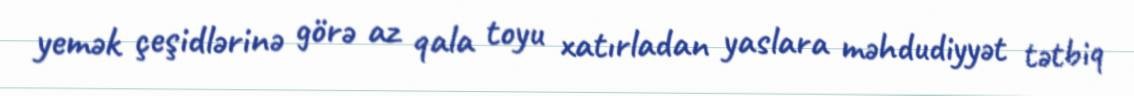
yemək çeşidlərinə görə az qala toyu xatırladan yaslara məhdudiyyət tətbiq